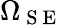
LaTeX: \Omega_{\mathrm{~S~E~}}